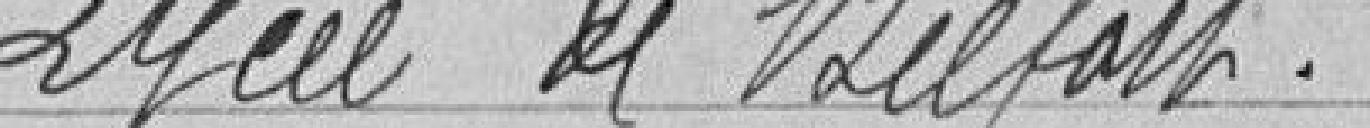
Lycée de Belfort